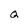
Character: q